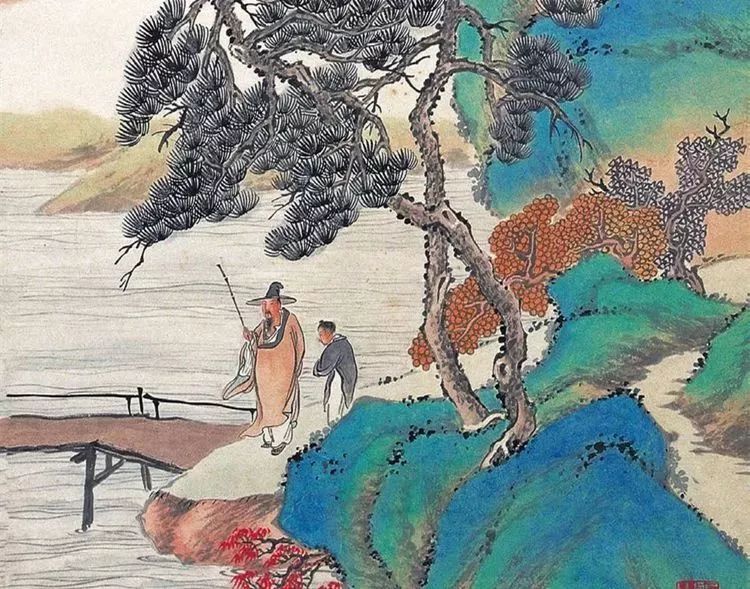
传闻一战百神愁，两岸强兵过未休。